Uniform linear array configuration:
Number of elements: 48
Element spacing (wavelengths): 1
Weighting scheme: blackman
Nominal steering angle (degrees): -60
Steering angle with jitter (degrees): -58.092
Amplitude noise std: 0.05
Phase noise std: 0.05

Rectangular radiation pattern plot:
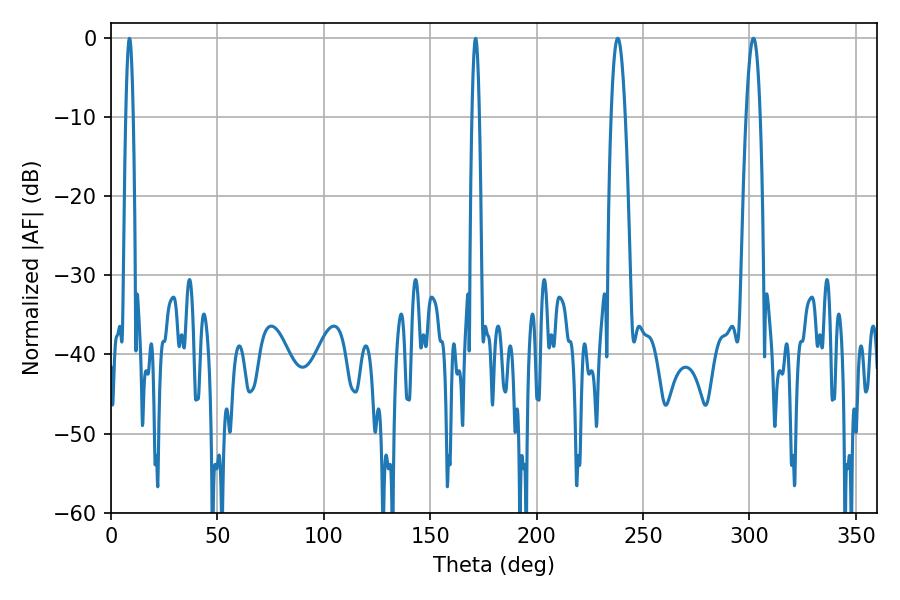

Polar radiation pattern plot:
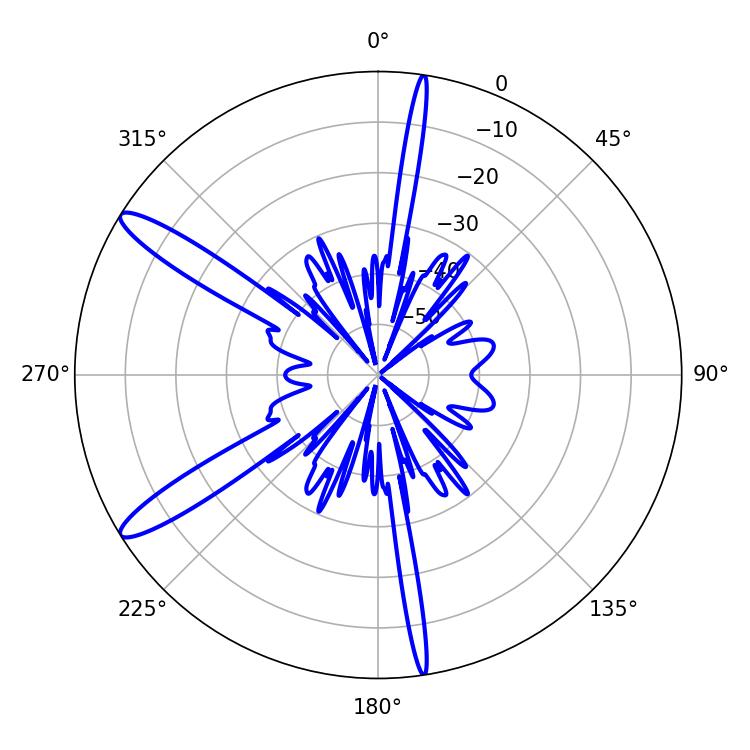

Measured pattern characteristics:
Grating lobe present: TRUE
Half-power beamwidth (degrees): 3.6
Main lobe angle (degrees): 238.14